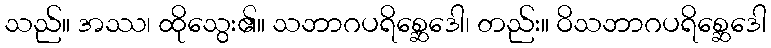
သည်။ အဿ၊ ထိုသွေး၏။ သဘာဂပရိစ္ဆေဒေါ၊ တည်း။ ဝိသဘာဂပရိစ္ဆေဒေါ